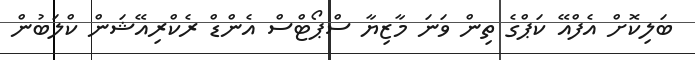
ބަލިކޮށް އެފްއޭ ކަޕްގެ ތިން ވަނަ މާޒިޔާ ސްޕޯޓްސް އެންޑް ރެކްރިއޭޝަން ކްލަބުން